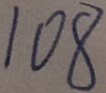
1 0 8